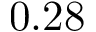
0 . 2 8